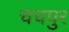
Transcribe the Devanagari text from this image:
चचपुर